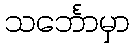
သင်္ဘောမှာ